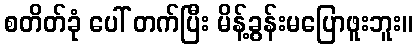
စတိတ်ခုံ ပေါ် တက်ပြီး မိန့်ခွန်းမပြောဖူးဘူး။